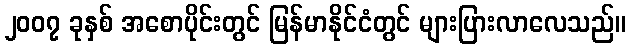
၂၀၀၇ ခုနှစ် အစောပိုင်းတွင် မြန်မာနိုင်ငံတွင် များပြားလာလေသည်။